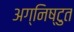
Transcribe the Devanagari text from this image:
अग्निष्टुत